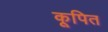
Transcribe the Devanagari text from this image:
कूपित